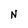
Character: N